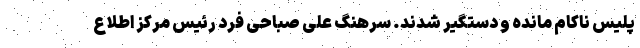
پلیس ناکام مانده و دستگیر شدند. سرهنگ علی صباحی فرد رئیس مرکز اطلاع